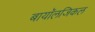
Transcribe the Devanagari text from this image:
बायॉलजिकल